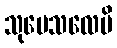
သုပေသလေပိ